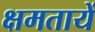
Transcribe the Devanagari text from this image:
क्षमतायें